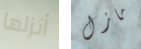
أنزلها مازل